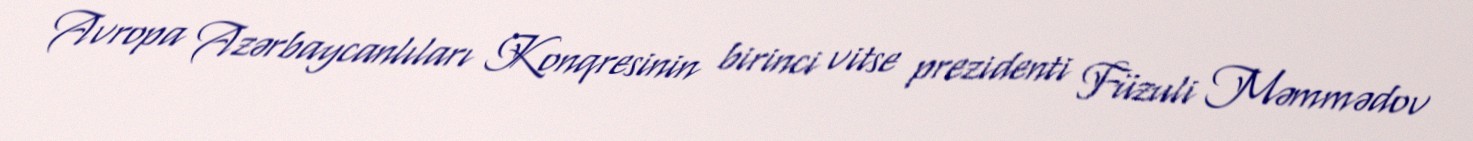
Avropa Azərbaycanlıları Konqresinin birinci vitse prezidenti Füzuli Məmmədov